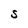
Character: s